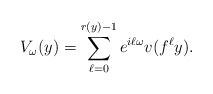
\begin{align*} V_\omega(y)=\sum_{\ell=0}^{r(y)-1}e^{i\ell\omega}v(f^\ell y).\end{align*}